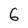
Character: 6